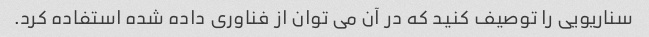
سناریویی را توصیف کنید که در آن می توان از فناوری داده شده استفاده کرد.